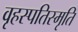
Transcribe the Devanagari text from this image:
वृहस्पतिस्मृति